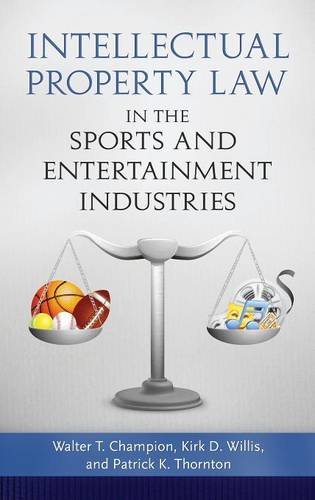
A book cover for Intellectual Property Law in the Sports and Entertainment Industries; Walter T. Champion; Law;